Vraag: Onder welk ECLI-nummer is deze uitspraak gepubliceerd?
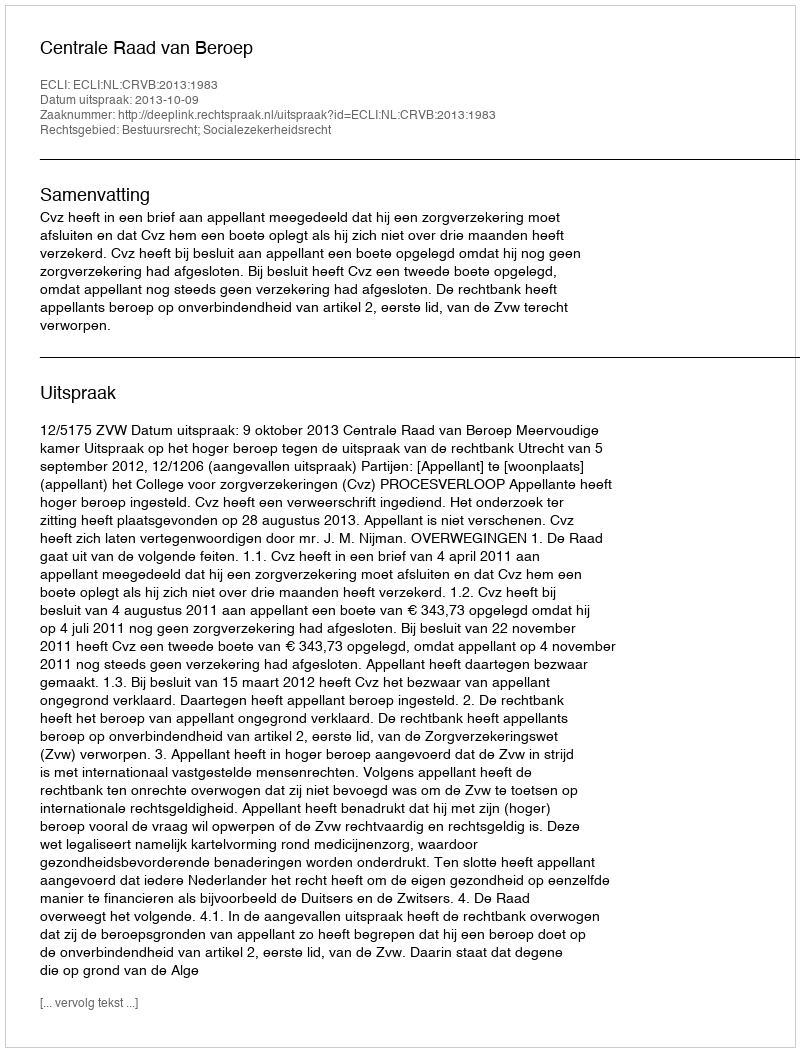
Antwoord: ECLI:NL:CRVB:2013:1983